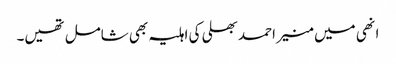
انھی میں منیر احمد بھلی کی اہلیہ بھی شامل تھیں۔